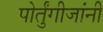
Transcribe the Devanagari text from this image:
पोर्तुंगीजांनी